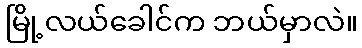
မြို့လယ်ခေါင်က ဘယ်မှာလဲ။